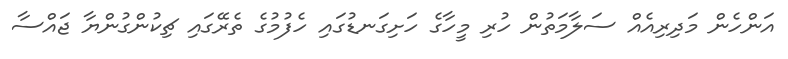
އަންހެން މަދިރިއެއް ސަލާމަތުން ހުރި މީހާގެ ހަށިގަނޑުގައި ހެފުމުގެ ތެރޭގައި ޗިކުންގުންޔާ ޖައްސާ